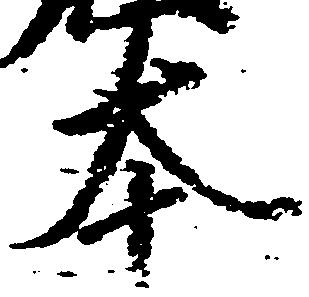
本